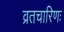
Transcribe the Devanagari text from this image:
व्रतचारिणः